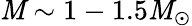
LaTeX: \mathit{M}\sim1-1.5\mathit{M}_{\odot}